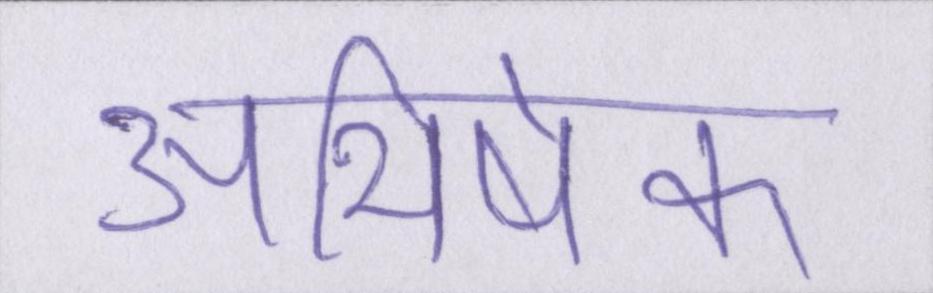
अभिषेक